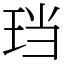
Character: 珰